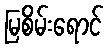
မြစိမ်းရောင်